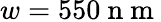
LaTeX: w=550\mathrm{~n~m~}